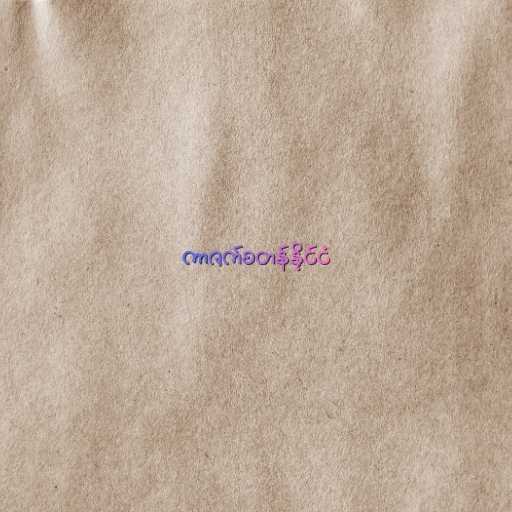
ကာဇက်စတန်နိုင်ငံ